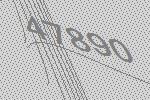
47890